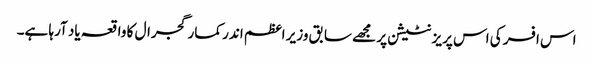
اس افسر کی اس پریزنٹیشن پر مجھے سابق وزیر اعظم اندر کمار گجرال کا واقعہ یاد آرہا ہے۔